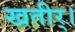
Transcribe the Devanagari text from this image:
खतीर्।